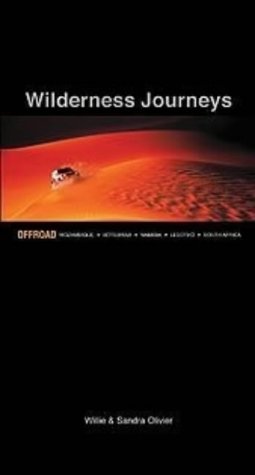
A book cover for Wilderness Journeys: Offroad Mozambique, Botswana, Namibia, Lesotho, South Africa; Sandra Olivier; Travel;